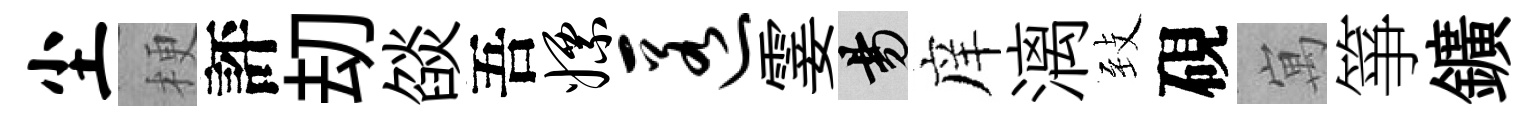
尘梗評刧燄吾嫖匿霎昜庠漓𦤺硯寓箏鑛